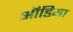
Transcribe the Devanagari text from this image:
ऑडिया